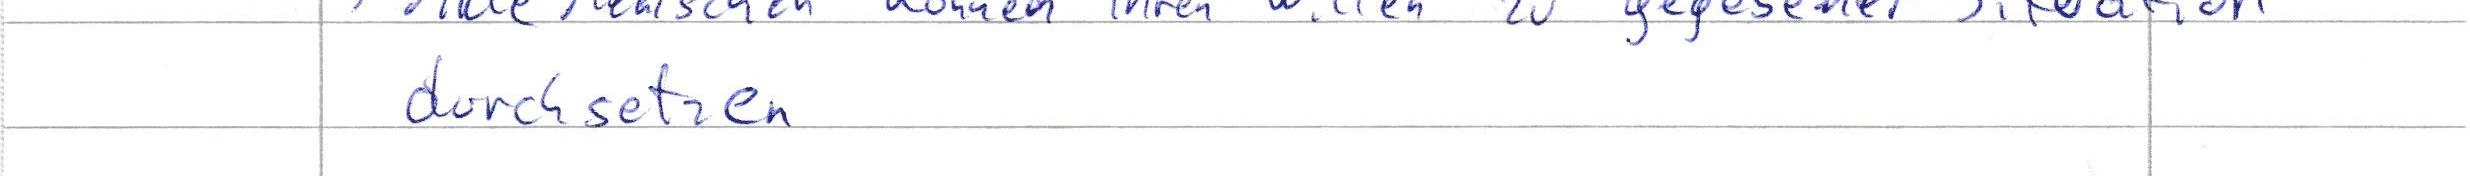
durchsetzen